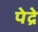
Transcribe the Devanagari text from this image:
पेद्रे